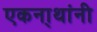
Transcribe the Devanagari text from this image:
एकना्थांनी